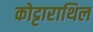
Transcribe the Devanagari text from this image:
कोट्टाराथिल